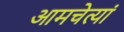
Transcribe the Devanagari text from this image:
आमचेत्यां